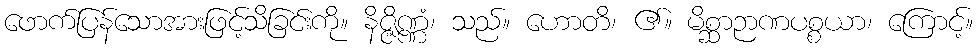
ဖောက်ပြန်သောအားဖြင့်သိခြင်းကို။ နိဇ္ဇိဏ္ဏံ၊ သည်။ ဟောတိ၊ ၏။ မိစ္ဆာဉာဏပစ္စယာ၊ ကြောင့်။